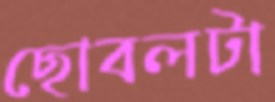
ছোবলটা